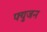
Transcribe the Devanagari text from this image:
फ्युजन